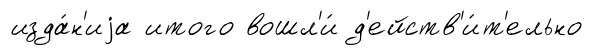
изда́н'иjа итого вошл'и́ д'ейств'и́т'ельно